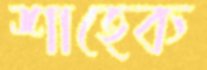
শাহেক